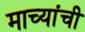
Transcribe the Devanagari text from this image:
माच्यांची